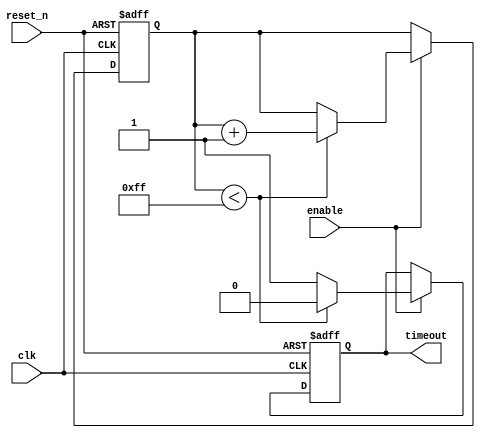
module timeout_counter #(
    parameter MAX_COUNT = 8'd255 // Define the maximum timeout value (adjust as needed)
)(
    input wire clk,                // Clock input
    input wire reset_n,            // Active low asynchronous reset
    input wire enable,             // Enable signal
    output reg timeout             // Timeout output signal
);

    reg [7:0] count;               // Counter register (8-bit for MAX_COUNT up to 255)

    // Asynchronous reset and counting logic
    always @(posedge clk or negedge reset_n) begin
        if (!reset_n) begin
            count <= 8'd0;         // Reset counter to 0
            timeout <= 1'b0;       // Reset timeout signal
        end else if (enable) begin
            if (count < MAX_COUNT) begin
                count <= count + 1; // Increment counter
                timeout <= 1'b0;     // Clear timeout signal while counting
            end else begin
                timeout <= 1'b1;     // Assert timeout signal when max count is reached
            end
        end
    end

endmodule